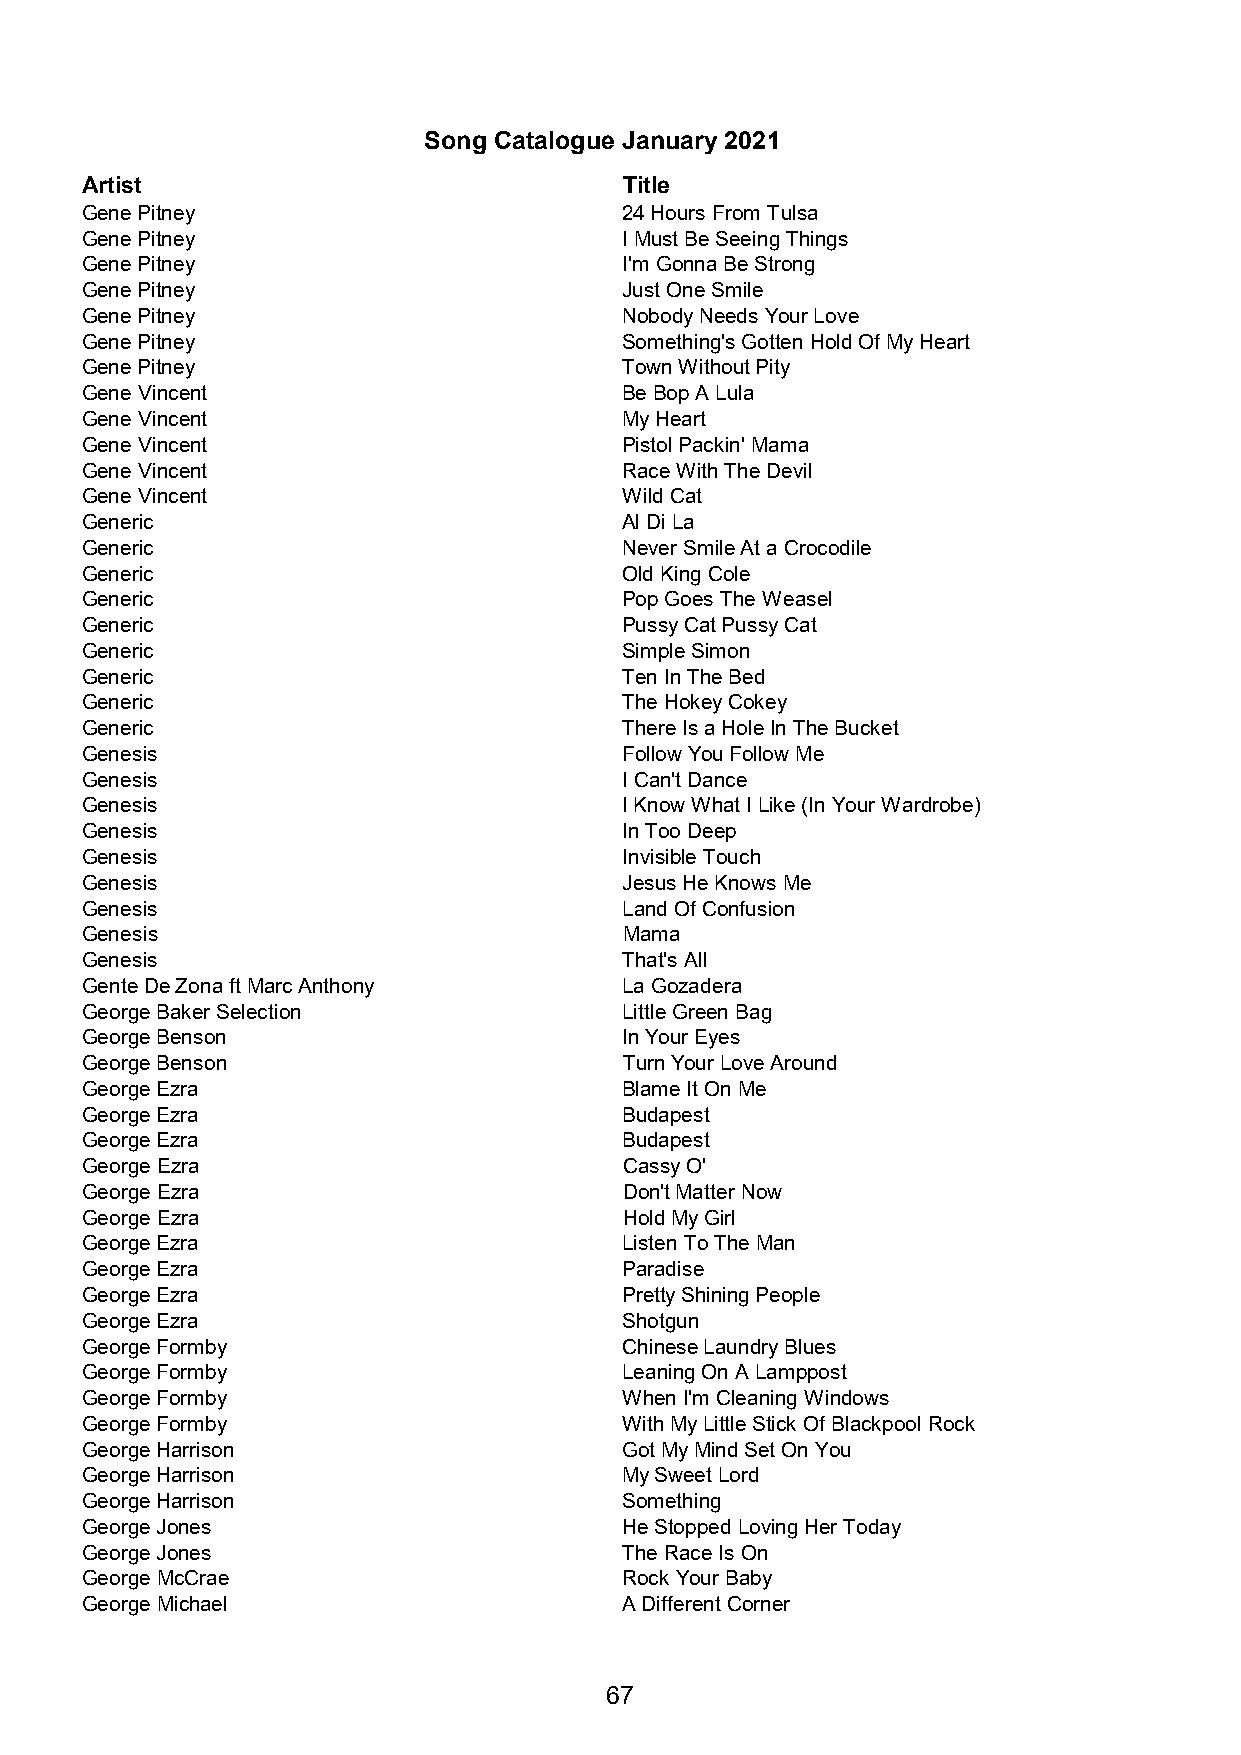
Song Catalogue January 2021
 Artist                              Title
 Gene Pitney                         24 Hours From Tulsa
 Gene Pitney                         I Must Be Seeing Things
 Gene Pitney                         I'm Gonna Be Strong
 Gene Pitney                         Just One Smile
 Gene Pitney                         Nobody Needs Your Love
 Gene Pitney                         Something's Gotten Hold Of My Heart
 Gene Pitney                         Town Without Pity
 Gene Vincent                        Be Bop A Lula
 Gene Vincent                        My Heart
 Gene Vincent                        Pistol Packin' Mama
 Gene Vincent                        Race With The Devil
 Gene Vincent                        Wild Cat
 Generic                             Al Di La
 Generic                             Never Smile At a Crocodile
 Generic                             Old King Cole
 Generic                             Pop Goes The Weasel
 Generic                             Pussy Cat Pussy Cat
 Generic                             Simple Simon
 Generic                             Ten In The Bed
 Generic                             The Hokey Cokey
 Generic                             There Is a Hole In The Bucket
 Genesis                             Follow You Follow Me
 Genesis                             I Can't Dance
 Genesis                             I Know What I Like (In Your Wardrobe)
 Genesis                             In Too Deep
 Genesis                             Invisible Touch
 Genesis                             Jesus He Knows Me
 Genesis                             Land Of Confusion
 Genesis                             Mama
 Genesis                             That's All
 Gente De Zona ft Marc Anthony       La Gozadera
 George Baker Selection              Little Green Bag
 George Benson                       In Your Eyes
 George Benson                       Turn Your Love Around
 George Ezra                         Blame It On Me
 George Ezra                         Budapest
 George Ezra                         Budapest
 George Ezra                         Cassy O'
 George Ezra                         Don't Matter Now
 George Ezra                         Hold My Girl
 George Ezra                         Listen To The Man
 George Ezra                         Paradise
 George Ezra                         Pretty Shining People
 George Ezra                         Shotgun
 George Formby                       Chinese Laundry Blues
 George Formby                       Leaning On A Lamppost
 George Formby                       When I'm Cleaning Windows
 George Formby                       With My Little Stick Of Blackpool Rock
 George Harrison                     Got My Mind Set On You
 George Harrison                     My Sweet Lord
 George Harrison                     Something
 George Jones                        He Stopped Loving Her Today
 George Jones                        The Race Is On
 George McCrae                       Rock Your Baby
 George Michael                      A Different Corner
 67